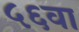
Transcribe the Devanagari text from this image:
५६वा